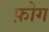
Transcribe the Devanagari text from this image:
फ़ोग